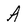
Character: A